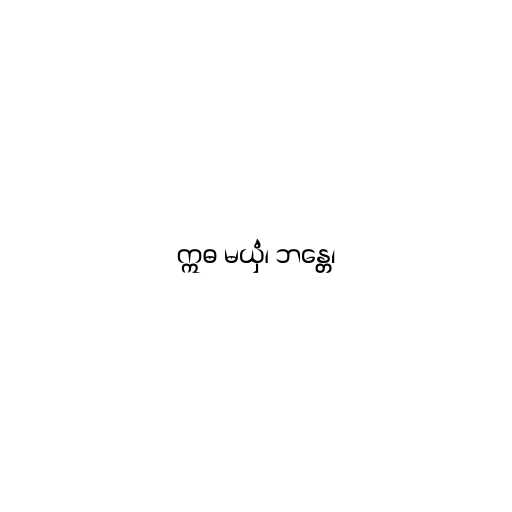
ဣဓ မယှံ၊ ဘန္တေ၊